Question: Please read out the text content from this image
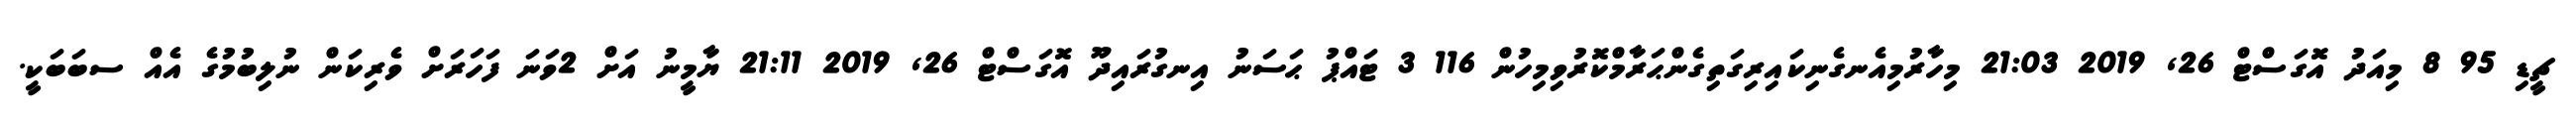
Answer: ޗީޑި 95 8 މިއަދު އޮގަސްޓް 26, 2019 21:03 މިހާރުމިއެނގެނިކައިރިގަތިގެންޙަރާމްކޮރުވިމިހުން 116 3 ޓައްޕު ޙަސަނު އިނގުރައިދޫ އޮގަސްޓް 26, 2019 21:11 ޔާމީނު އަށް 2ވަނަ ފަހަރަށް ވެރިކަން ނުލިބުމުގެ އެއް ސބަބަކީ.